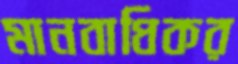
মানবাধিকর